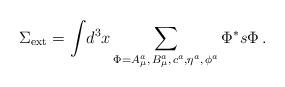
LaTeX: \begin{align*}\Sigma _{{\rm ext}}=\displaystyle{\int }d^3x\sum_{\Phi =A_\mu ^a,\,B_\mu^a,\,c^a,\eta ^a,\,\phi ^a}\Phi ^{*}s\Phi \,. \end{align*}